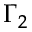
\Gamma _ { 2 }